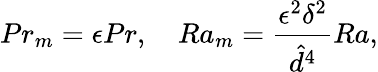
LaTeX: Pr_{m}=\epsilon Pr,\quad Ra_{m}=\frac{\epsilon^{2}\delta^{2}}{\hat{d}^{4}}Ra,